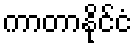
ကာတာနိုင်ငံ